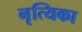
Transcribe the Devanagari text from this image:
नृत्यिका